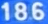
186